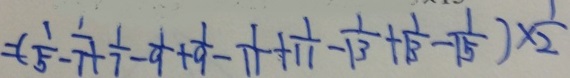
= ( \frac { 1 } { 5 } - \frac { 1 } { 7 } + \frac { 1 } { 7 } - \frac { 1 } { 9 } + \frac { 1 } { 9 } - \frac { 1 } { 1 1 } + \frac { 1 } { 1 1 } - \frac { 1 } { 1 3 } + \frac { 1 } { 1 3 } - \frac { 1 } { 1 5 } ) \times \frac { 1 } { 2 }